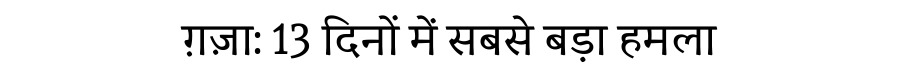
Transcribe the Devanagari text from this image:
ग़ज़ा: 13 दिनों में सबसे बड़ा हमला